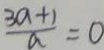
\frac { 3 a + 1 } { a } = 0